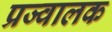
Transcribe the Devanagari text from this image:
प्रज्वालक